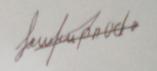
Signature authenticity: forged